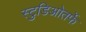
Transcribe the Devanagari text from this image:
स्टुडिओतर्फे